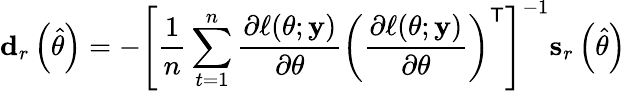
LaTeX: \mathbf{d}_{r}\left({\widehat{\theta}}\right)=-\left[{\frac{1}{n}}\sum_{t=1}^{n}{\frac{\partial\ell(\theta;\mathbf{y})}{\partial\theta}}\left({\frac{\partial\ell(\theta;\mathbf{y})}{\partial\theta}}\right)^{\mathsf{T}}\right]^{-1}\mathbf{s}_{r}\left({\widehat{\theta}}\right)